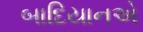
બાદિયાનએ